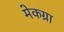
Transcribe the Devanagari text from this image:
मेकग्रा